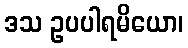
ဒသ ဥပပါရမိယော၊